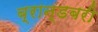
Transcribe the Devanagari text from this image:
ब्रान्डबरी